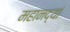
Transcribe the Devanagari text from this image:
महानद्यां